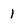
Character: 1